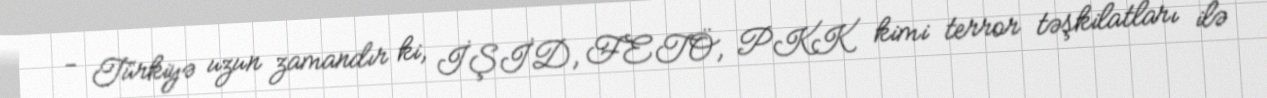
- Türkiyə uzun zamandır ki, İŞİD, FETÖ, PKK kimi terror təşkilatları ilə